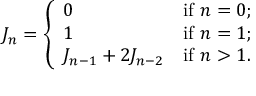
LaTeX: J _ { n } = { \left\{ \begin{array} { l l } { 0 } & { { \mathrm { i f ~ } } n = 0 ; } \\ { 1 } & { { \mathrm { i f ~ } } n = 1 ; } \\ { J _ { n - 1 } + 2 J _ { n - 2 } } & { { \mathrm { i f ~ } } n > 1 . } \end{array} \right. }